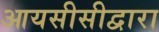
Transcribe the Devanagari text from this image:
आयसीसीद्वारा